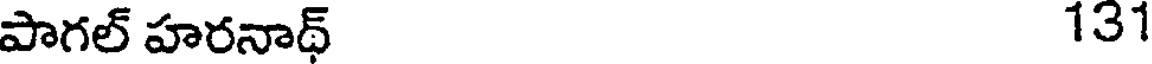
పాగల్ హరనాథ్ 131